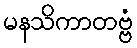
မနသိကာတဗ္ဗံ